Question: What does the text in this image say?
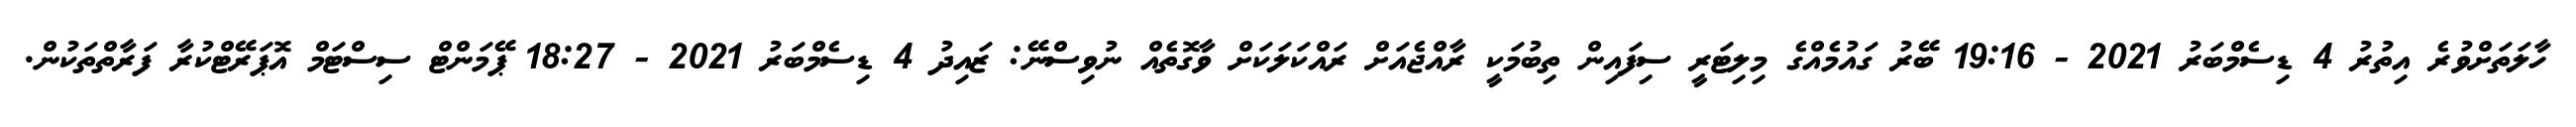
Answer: ހާލަތަށްވުރެ އިތުރު 4 ޑިސެމްބަރު 2021 - 19:16 ބޭރު ގައުމެއްގެ މިލިޓަރީ ސިފައިން ތިބުމަކީ ރާއްޖެއަށް ރައްކަލަކަށް ވާގޮތެއް ނުވިސްނޭ: ޒައިދު 4 ޑިސެމްބަރު 2021 - 18:27 ޕޭމަންޓް ސިސްޓަމް އޮޕަރޭޓްކުރާ ފަރާތްތަކުން.